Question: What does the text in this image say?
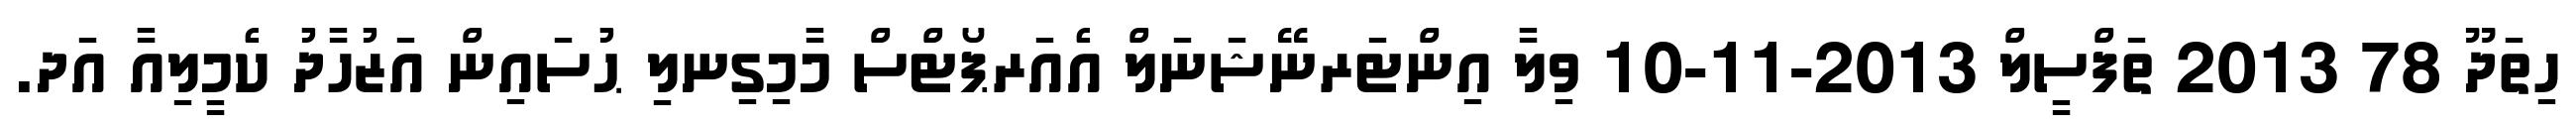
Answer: ހިތަދޫ 78 2013 ތަފްސީލް 2013-11-10 ވިލާ އިންޓަރނޭޝަނަލް އެއަރޕޯޓްސް މާމިގިނލި ޙުސައިން އަޒުހާދު ކެމީލިއާ އަދ.